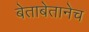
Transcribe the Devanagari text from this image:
बेताबेतानेच